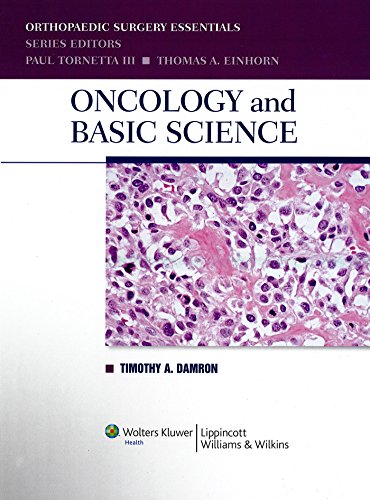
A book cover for Oncology and Basic Science (Orthopaedic Surgery Essentials Series); Medical Books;